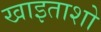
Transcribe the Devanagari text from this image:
खाइताशो